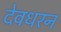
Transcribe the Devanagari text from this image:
देवधरन